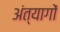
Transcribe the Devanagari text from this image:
अंत्यागों